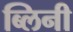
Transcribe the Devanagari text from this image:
ब्लिनी